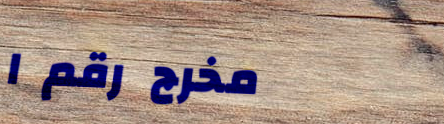
مخرج رقم ١